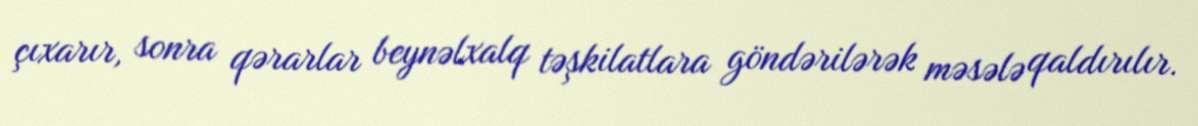
çıxarır, sonra qərarlar beynəlxalq təşkilatlara göndərilərək məsələ qaldırılır.